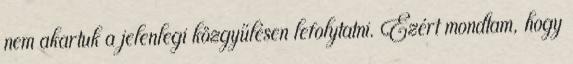
nem akartuk a jelenlegi közgyűlésen lefolytatni. Ezért mondtam, hogy